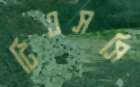
টিএসসি